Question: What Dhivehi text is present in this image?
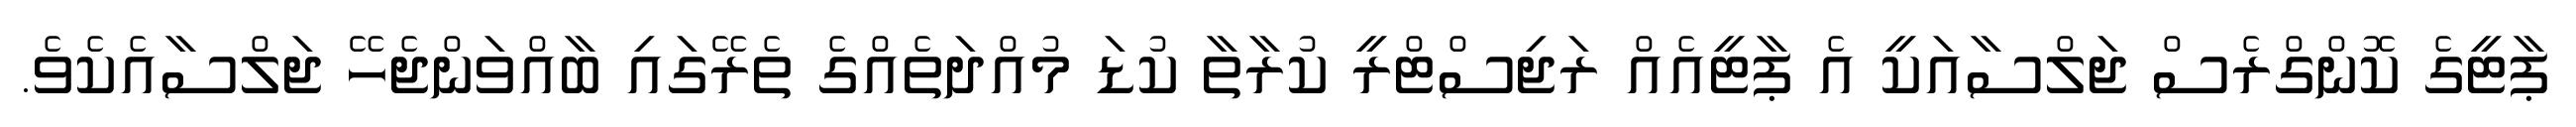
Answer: ޕާޓީގެ ކޮންގްރެސް ޖަލްސާއަކީ އެ ޕާޓީއެއް ރަޖިސްޓްރީ ކުރާތާ ކުޑަ މުއްދަތެއްގެ ތެރޭގައި ބާއްވަންޖެހޭ ޖަލްސާއެކެވެ.